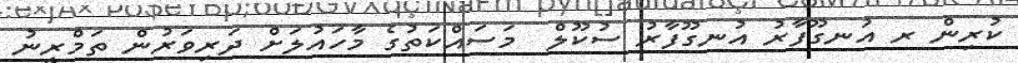
ކުރިން ރ އުނގޫފާރު އުނގޫފާރު ސުކޫލް  މަސައްކަތުގެ މާހައުލަށް ދަރިވަރުން ތަމްރީނު